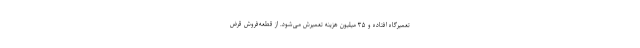
تعمیرگاه افتاده و ۳۵ میلیون هزینه تعمیرش می‌شود. از قطعه‌فروش قرض